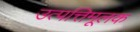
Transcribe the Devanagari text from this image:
उत्पत्तिमूलक